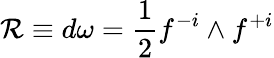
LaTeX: {\cal R}\equiv d\omega={\frac{1}{2}}f^{-i}\wedge f^{+i}